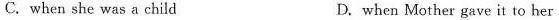
C. when she was a child D. when Mother gave it to her